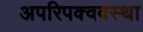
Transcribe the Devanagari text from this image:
अपरिपक्ववस्था